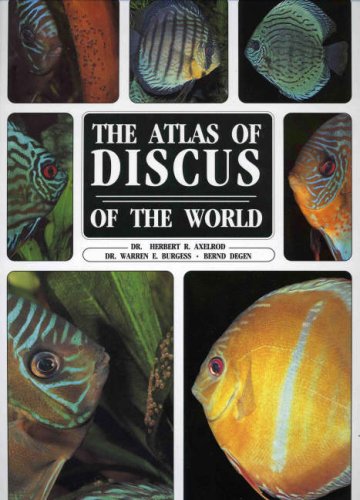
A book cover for The Atlas of Discus of the World; Herbert R. Axelrod; Crafts, Hobbies & Home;